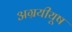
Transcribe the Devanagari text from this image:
अग्रयीयूष